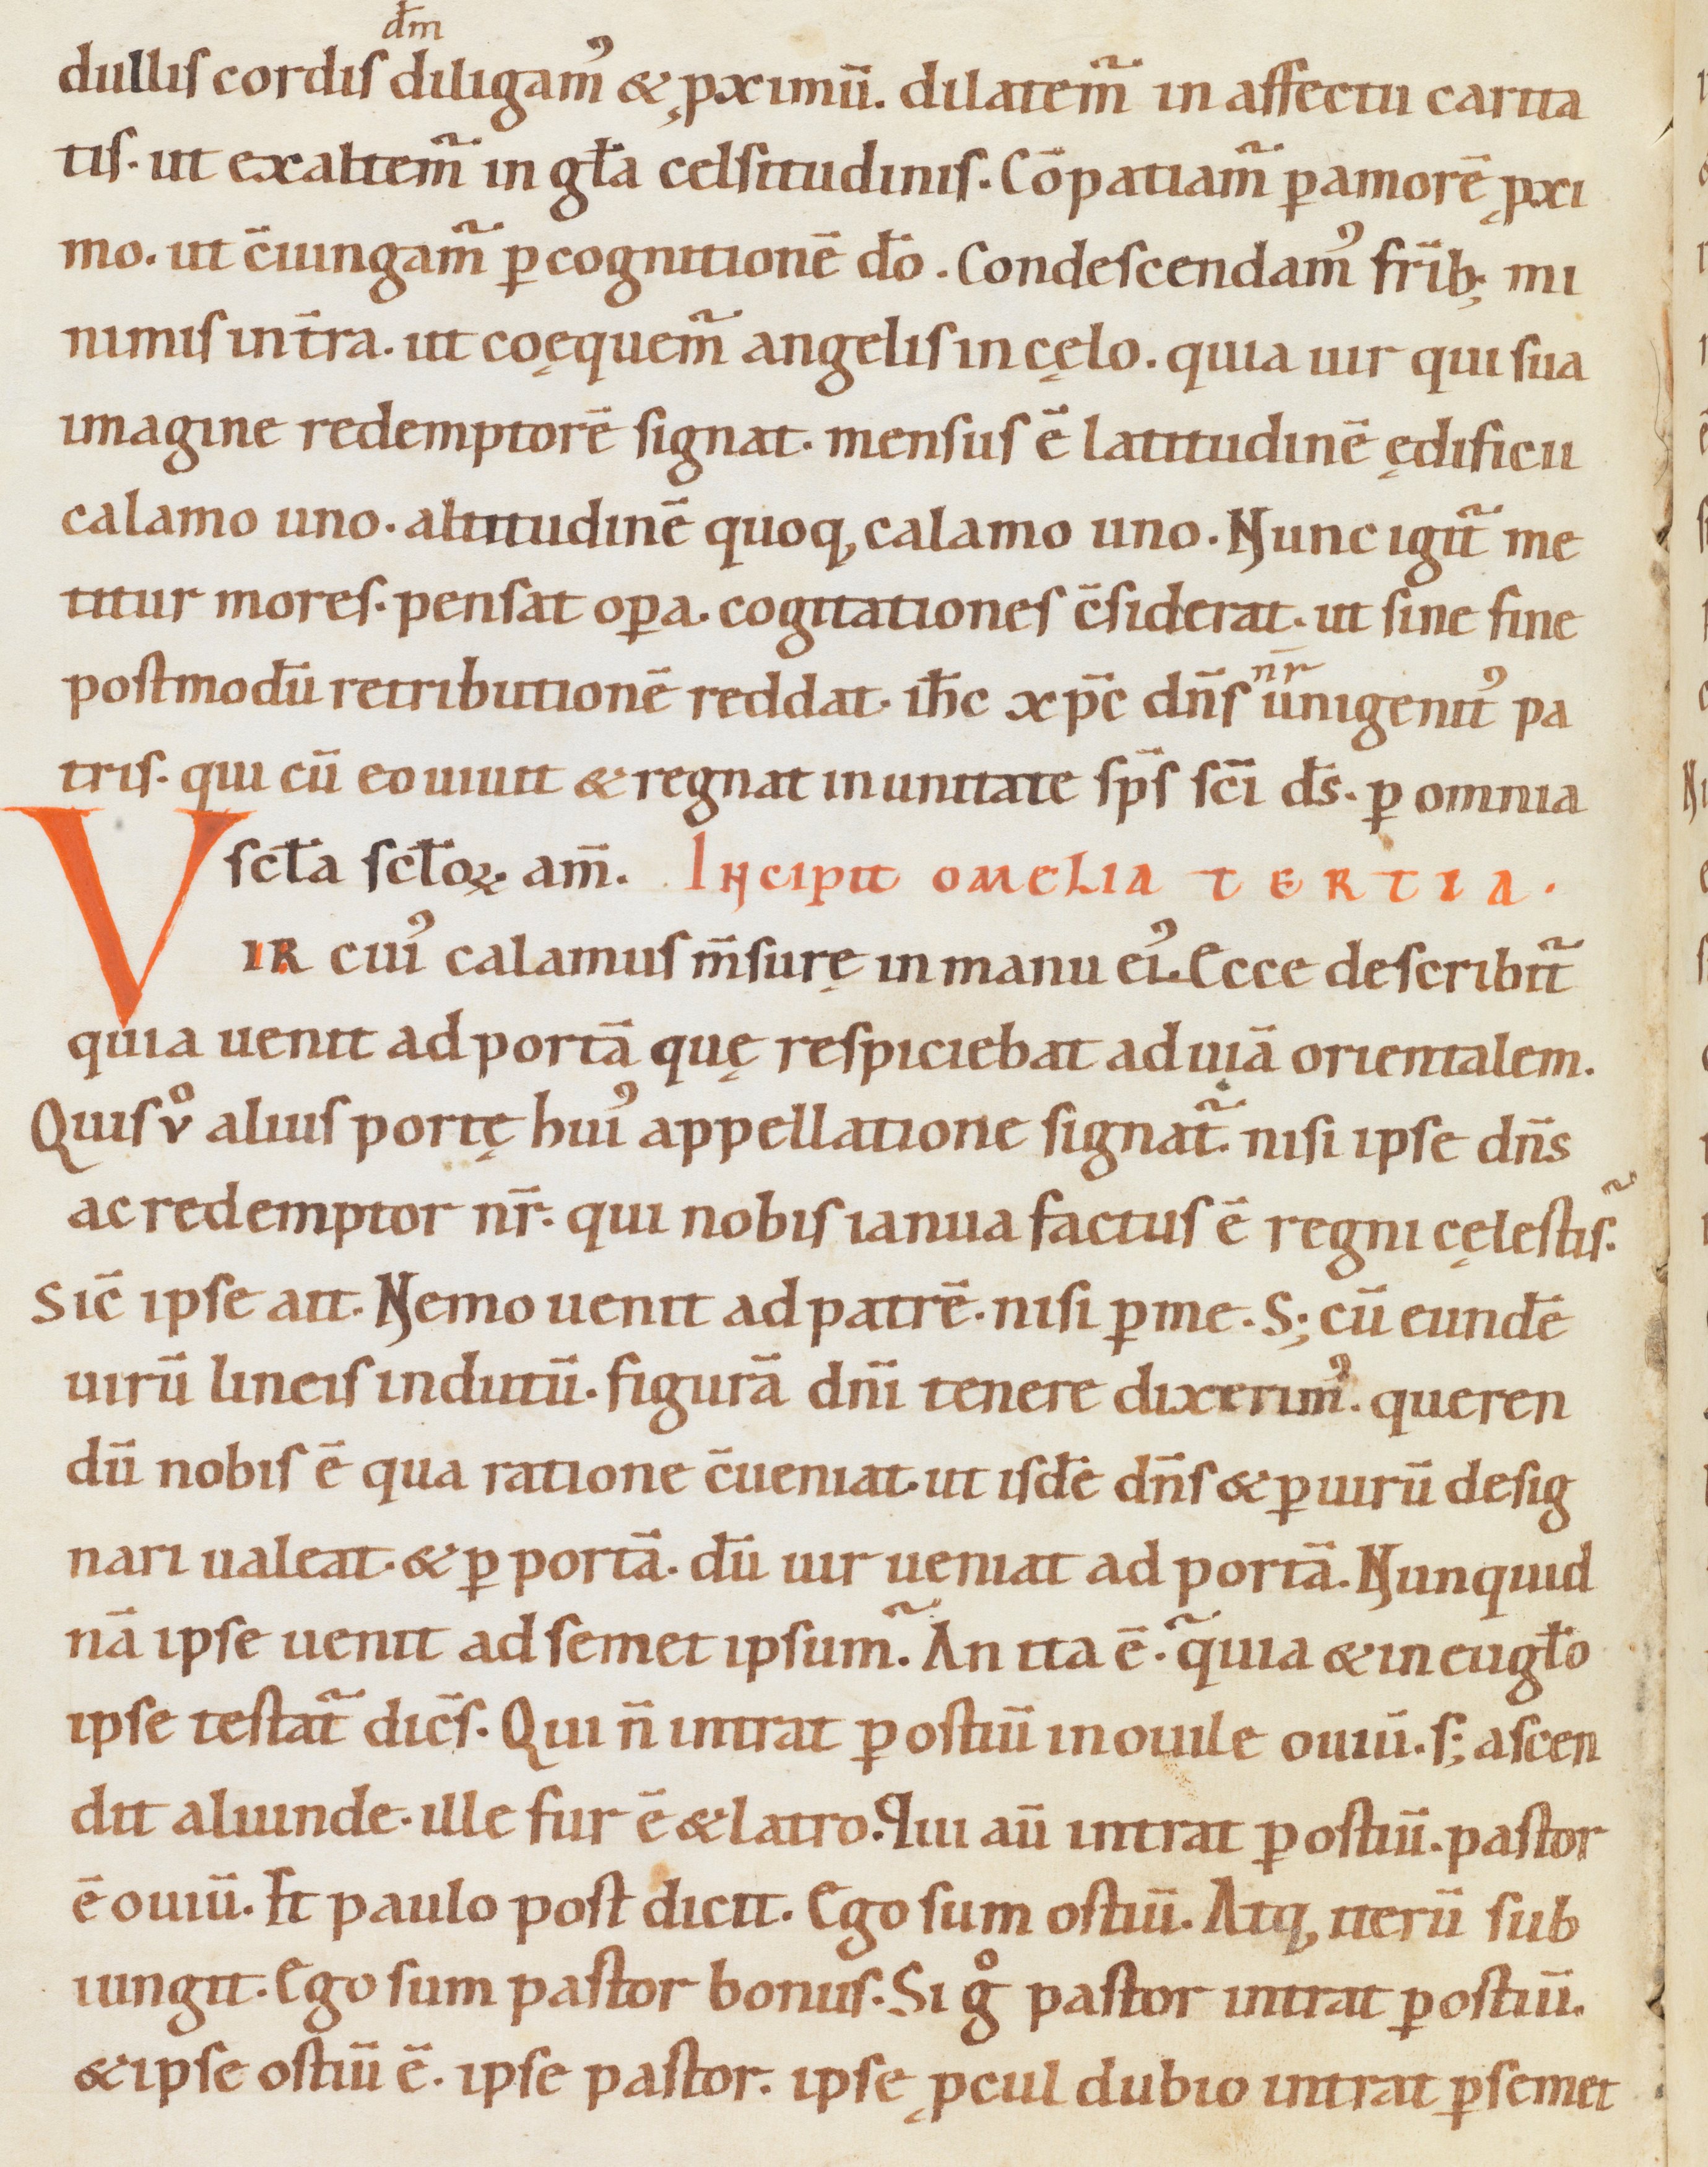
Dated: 1080–1096